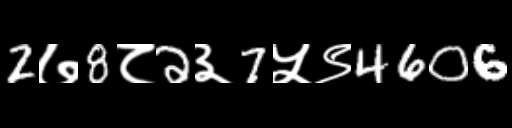
Text: 2७8८2३7५९4606